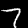
Digit: 7